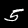
Label: 5